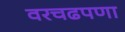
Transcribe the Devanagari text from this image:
वरचढपणा